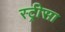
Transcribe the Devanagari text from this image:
स्ट्रीसा